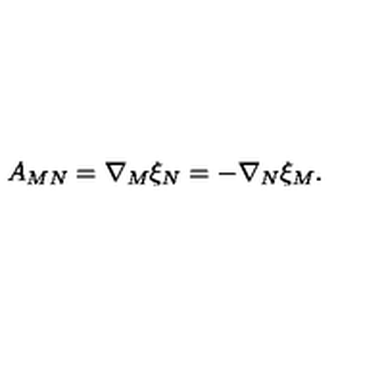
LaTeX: A _ { M N } = \nabla _ { M } \xi _ { N } = - \nabla _ { N } \xi _ { M } .